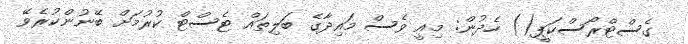
ގެސްޓްރޯސްކަޕީ() ހެދުން: މިއީ ވެސް މައިދާގެ ބަލިތައް ޓެސްޓް ކުރުމަށް ބޭނުންކުރެވޭ